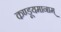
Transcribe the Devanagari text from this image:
कण्डूयमानाम्